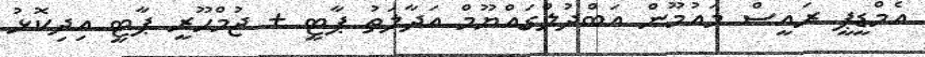
އެމްޑީޕީ ރައީސް މައުމޫން އަބްދުލްގައްޔޫމް އަދާލަތު ޕާޓީ + ޖުމްހޫރީ ޕާޓީ އިދިކޮޅު